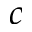
c